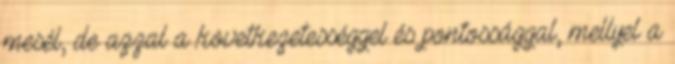
mesél, de azzal a következetességgel és pontossággal, mellyel a